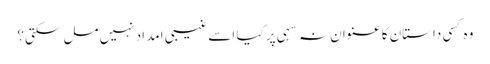
وہ کسی داستان کا عنوان نہ سہی پر کیا اسے غیبی امد اد نہیں مل سکتی؟